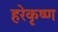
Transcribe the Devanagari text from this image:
हरेकृष्‍ण